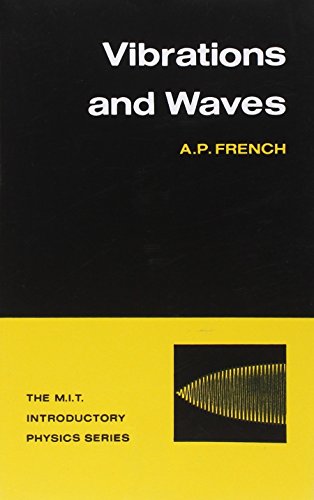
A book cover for Vibrations and Waves; A.P. French; Science & Math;